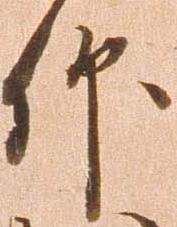
仰